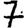
Digit: 7